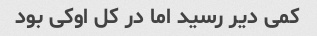
کمی دیر رسید اما در کل اوکی بود